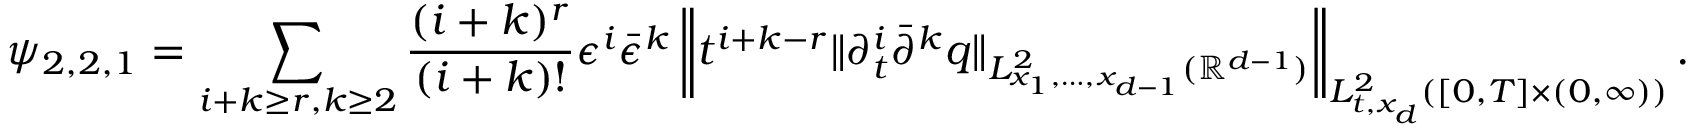
\psi _ { 2 , 2 , 1 } = \sum _ { i + k \ge r , k \ge 2 } \frac { ( i + k ) ^ { r } } { ( i + k ) ! } \epsilon ^ { i } \bar { \epsilon } ^ { k } \left\| t ^ { i + k - r } \| \partial _ { t } ^ { i } \bar { \partial } ^ { k } q \| _ { L _ { x _ { 1 } , \dots , x _ { d - 1 } } ^ { 2 } ( \mathbb R ^ { d - 1 } ) } \right\| _ { L _ { t , x _ { d } } ^ { 2 } ( [ 0 , T ] \times ( 0 , \infty ) ) } .